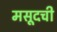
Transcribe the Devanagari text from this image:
मसूदची